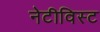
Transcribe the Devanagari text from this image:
नेटीविस्ट